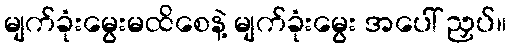
မျက်ခုံးမွေးမထိစေနဲ့ မျက်ခုံးမွေး အပေါ် ညှပ်။